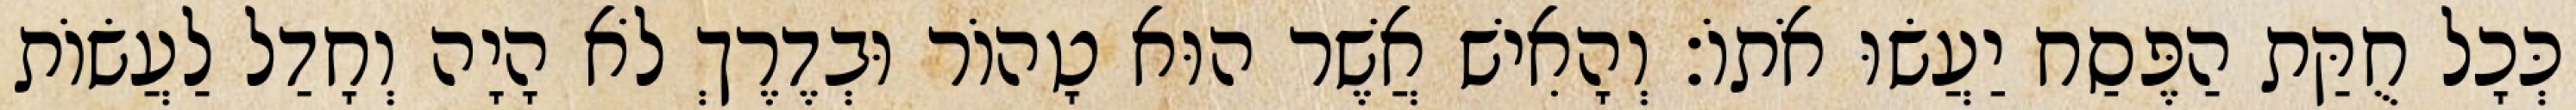
כְּכָל חֻקַּת הַפֶּסַח יַעֲשׂוּ אֹתוֹ׃ וְהָאִישׁ אֲשֶׁר הוּא טָהוֹר וּבְדֶרֶךְ לֹא הָיָה וְחָדַל לַעֲשׂוֹת